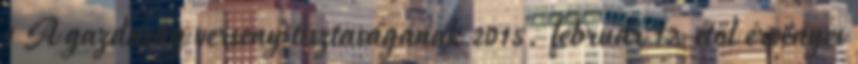
1 A gazdaság verseny tisztaságának 2015. február 12-étől érvényes